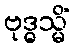
ဗုဒ္ဓသ္မိံ